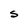
Character: S